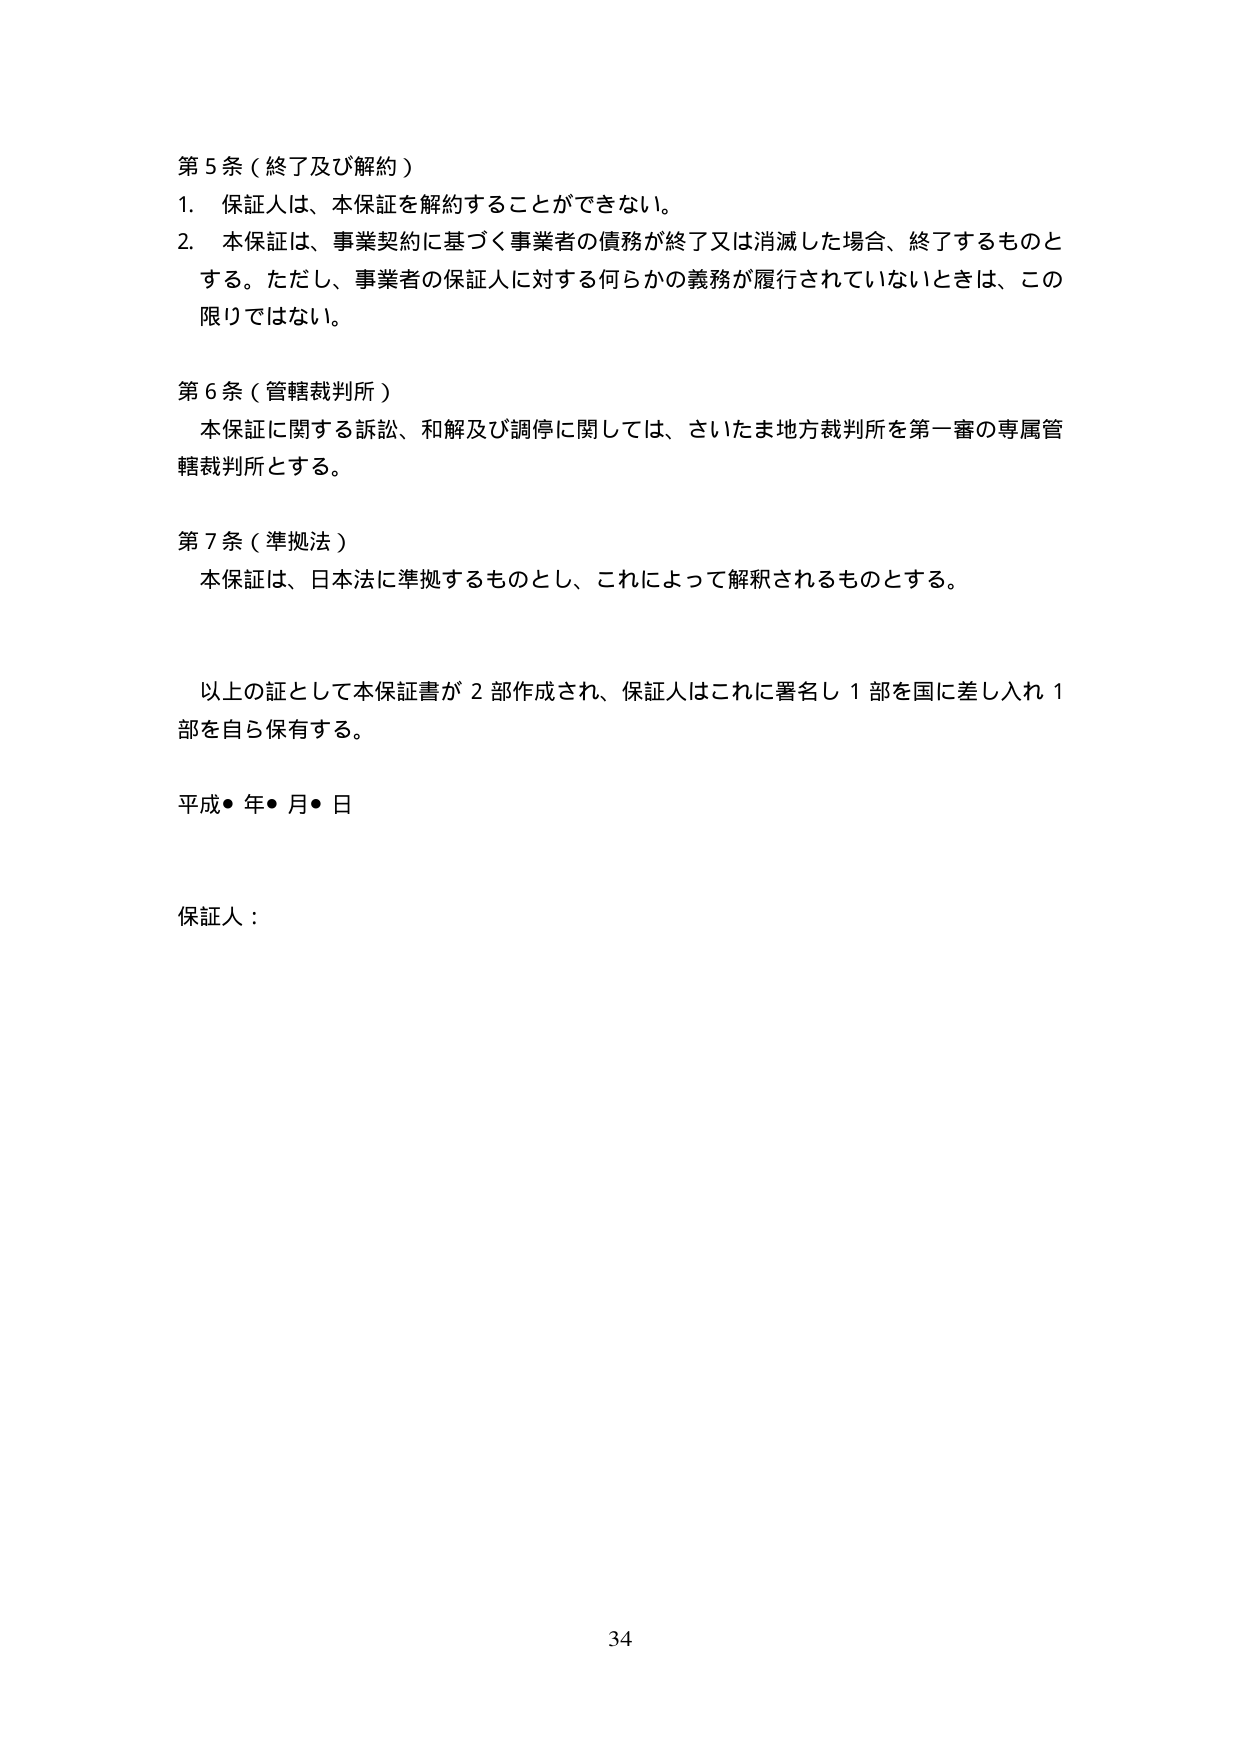
第５条（終了及び解約）

1．保証人は、本保証を解約することができない。

2．本保証は、事業契約に基づく事業者の債務が終了又は消滅した場合、終了するものとする。ただし、事業者の保証人に対する何らかの義務が履行されていないときは、この限りではない。

第６条（管轄裁判所）

本保証に関する訴訟、和解及び調停に関しては、さいたま地方裁判所を第一審の専属管轄裁判所とする。

第７条（準拠法）

本保証は、日本法に準拠するものとし、これによって解釈されるものとする。

以上の証として本保証書が２部作成され、保証人はこれに署名し１部を国に差し入れ１部を自ら保有する。

平成●年●月●日

保証人：

34